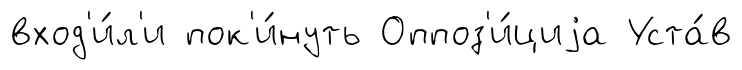
вход'и́л'и пок'и́нуть Оппоз'и́циjа Уста́в